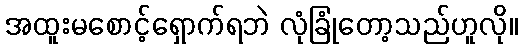
အထူးမစောင့်ရှောက်ရဘဲ လုံခြုံတော့သည်ဟူလို။